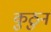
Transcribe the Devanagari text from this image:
कुठुन